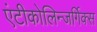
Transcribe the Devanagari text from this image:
एंटीकोलिन्जर्गिक्स